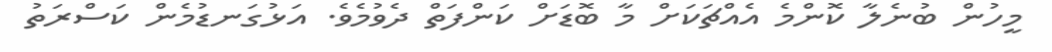
މީހުން ބުނެލާ ކޮންމެ އެއްޗަކަށް މާ ބޮޑަށް ކަންފަތް ދެވުމެވެ. އަޅުގަނޑުމެން ކަސްރަތު